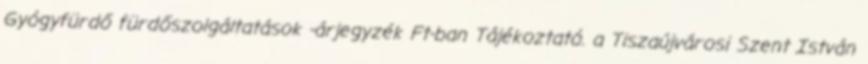
Gyógyfürdő fürdőszolgáltatások -árjegyzék Ft-ban Tájékoztató. a Tiszaújvárosi Szent István